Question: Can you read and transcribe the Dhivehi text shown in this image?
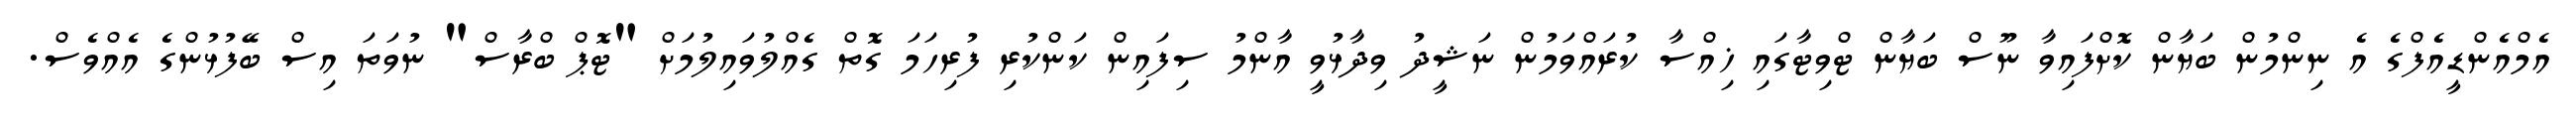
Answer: އެމްއެންޑީއެފްގެ އެ ނިންމުން ބަޔާން ކޮށްފައިވާ ނޫސް ބަޔާން ޓްވިޓާގައި ޚިއްސާ ކުރައްވަމުން ނަޝީދު ވިދާޅުވީ އާންމު ސިފައިން ކަންކުރި ފުރިހަމަ ގޮތް ގެއްލުވައިލުމަށް "ޓޮޕް ބްރާސް" ނުވަތަ އިސް ބޭފުޅުންގެ އެއްވެސް.